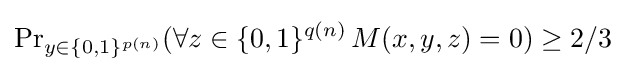
\Pr \nolimits _{y\in \{0,1\}^{p(n)}}(\forall z\in \{0,1\}^{q(n)}\,M(x,y,z)=0)\geq 2/3